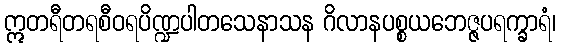
ဣတရီတရစီဝရပိဏ္ဍပါတသေနာသန ဂိလာနပစ္စယဘေဇ္ဇပရက္ခာရံ၊